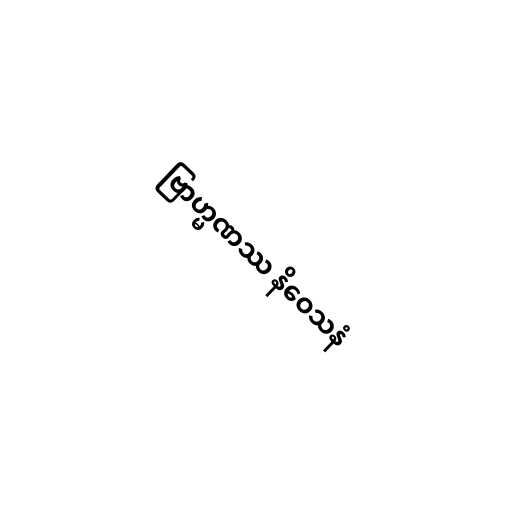
ဗြာဟ္မဏဿ နိဝေသနံ